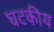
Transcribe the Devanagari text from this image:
घटकीय